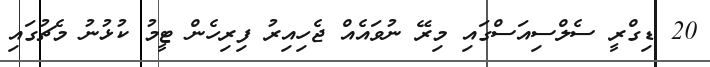
20 ޑިގްރީ ސެލްސިއަސްގައި މިރޭ ނުވައެއް ޖެހިއިރު ފިރިހެން ޓީމު ކުޅުނު މެޗުގައި